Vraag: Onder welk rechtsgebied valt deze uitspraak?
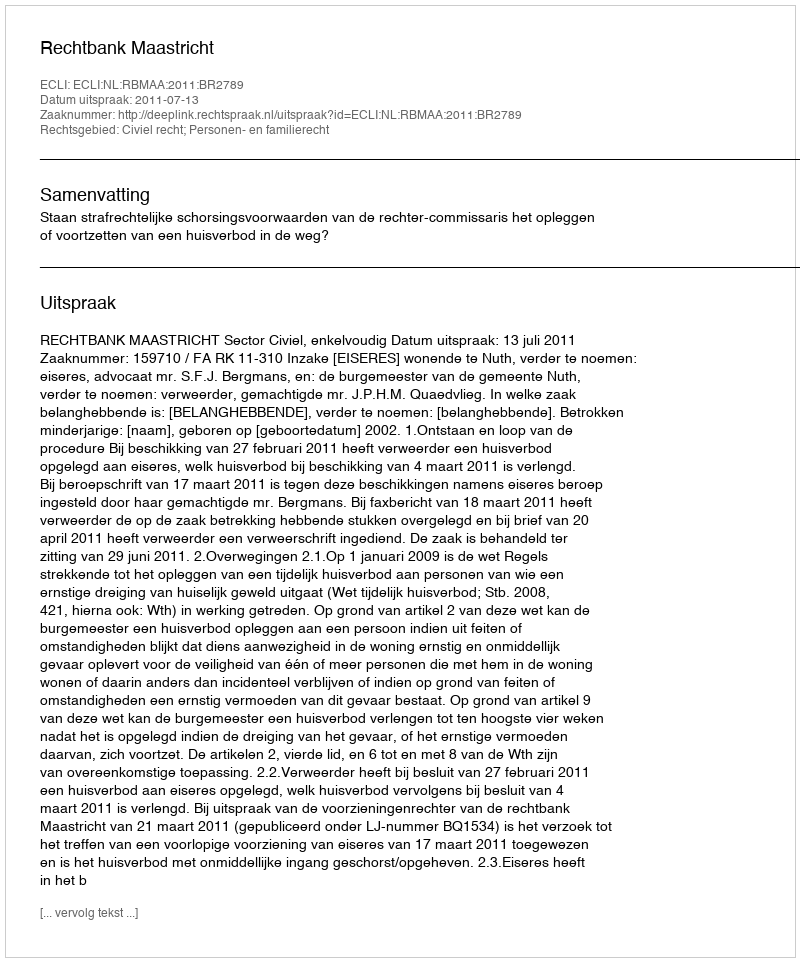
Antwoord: Civiel recht; Personen- en familierecht